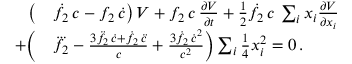
\begin{array} { r l } { \big ( } & { \dot { f } _ { 2 } \, c - f _ { 2 } \, \dot { c } \big ) \, V + f _ { 2 } \, c \, \frac { \partial V } { \partial t } + { \textstyle \frac { 1 } { 2 } } \dot { f } _ { 2 } \, c \, \sum _ { i } x _ { i } \frac { \partial V } { \partial x _ { i } } } \\ { + \bigg ( } & { \dddot { f _ { 2 } } - \frac { 3 \ddot { f } _ { 2 } \, \dot { c } + \dot { f } _ { 2 } \, \ddot { c } } { c } + \frac { 3 \dot { f } _ { 2 } \, \dot { c } ^ { 2 } } { c ^ { 2 } } \bigg ) \sum _ { i } { \textstyle \frac { 1 } { 4 } } x _ { i } ^ { 2 } = 0 \, . } \end{array}